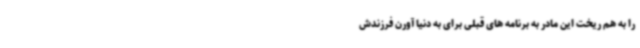
را به هم ریخت این مادر به برنامه های قبلی برای به دنیا آورن فرزندش